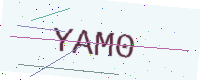
Text: YAM0